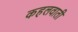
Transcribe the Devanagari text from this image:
कहलवाती